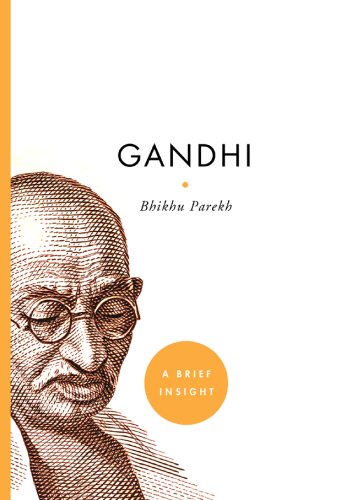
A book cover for Gandhi (A Brief Insight); Bhikhu Parekh; Religion & Spirituality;